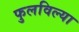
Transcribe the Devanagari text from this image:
फुलविल्या